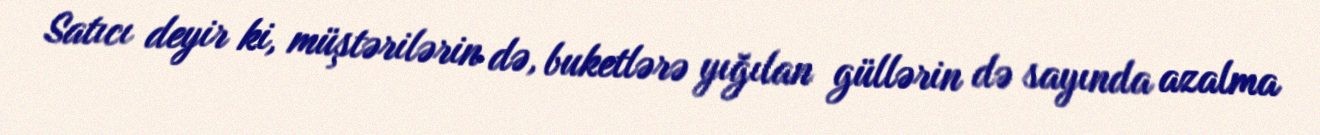
Satıcı deyir ki, müştərilərin də, buketlərə yığılan güllərin də sayında azalma